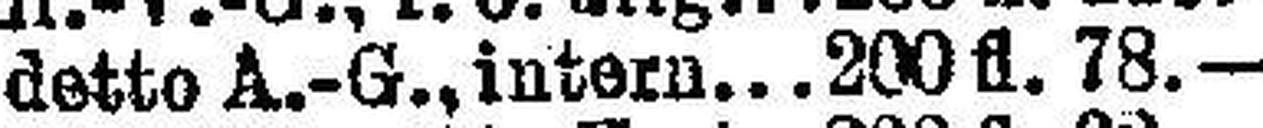
detto A.-G., intern 200 fl. 78.—